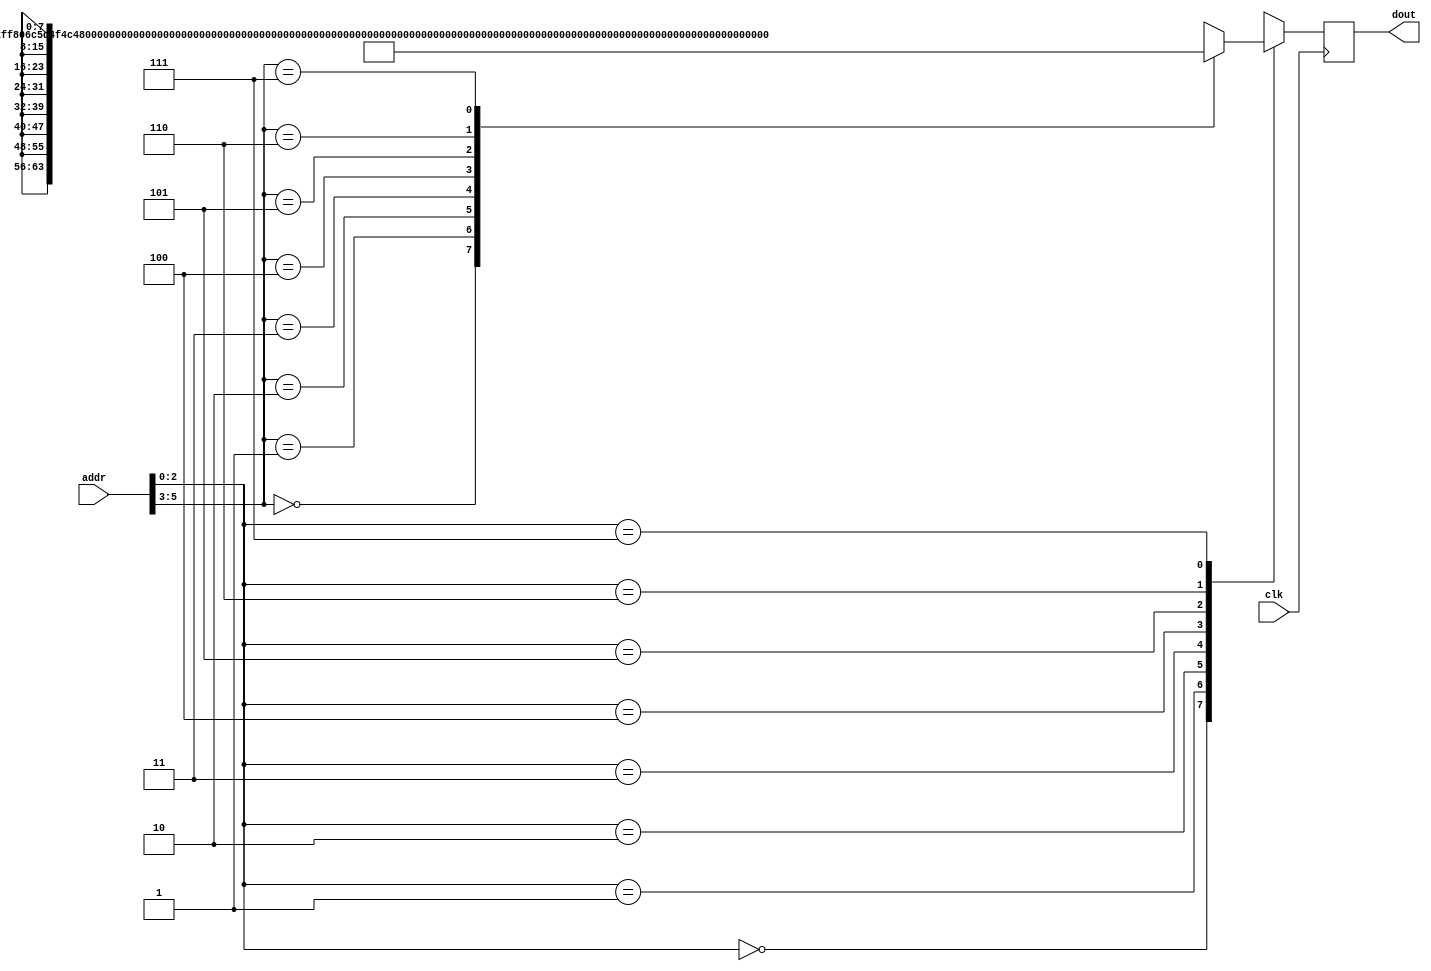
`timescale 1ns / 1ps
/* 8*64 Bit ROM 
   Here, there are 8 memory locations, each memory location has 8 bytes of data
   Now, the required output data is 1byte out of these 64 bytes of data
*/
module single_address_rom( clk, addr, dout );
    input clk;
    input [5:0]addr;
    output reg [7:0]dout;
    
    reg [63:0] MEM[7:0];
    reg [7:0] byte_data[7:0];
    
    wire [7:0] d_next;
    wire [63:0] mem_data;
    
    wire [63:0] loc[7:0];
    
    //Data assigning..
    assign loc[0] = 64'hFF806C5D4F4C473C ; 
    assign loc[1] = 64'h80805D554C473C37 ; 
    assign loc[2] = 64'h6C5D4F4C473C3C36 ; 
    assign loc[3] = 64'h5D5D4F4C473C3733 ; 
    assign loc[4] = 64'h5D4F4C47403B332B ; 
    assign loc[5] = 64'h4F4C47403B332B23 ; 
    assign loc[6] = 64'h4F4C473C362D251E ; 
    assign loc[7] = 64'h4C473B362D251E19 ;
    
    always@(loc[0],loc[1],loc[2],loc[3],loc[4],loc[5],loc[6],loc[7])
    begin
        MEM[0]=loc[0];
        MEM[1]=loc[1];
        MEM[2]=loc[2];
        MEM[3]=loc[3];
        MEM[4]=loc[4];
        MEM[5]=loc[5];
        MEM[6]=loc[6];
        MEM[7]=loc[7];
    end
    
    always@(mem_data)
    begin
        byte_data[0]=mem_data[63:56];
        byte_data[1]=mem_data[55:48];
        byte_data[2]=mem_data[47:40];
        byte_data[3]=mem_data[39:32];
        byte_data[4]=mem_data[31:24];
        byte_data[5]=mem_data[23:16];
        byte_data[6]=mem_data[15:8];
        byte_data[7]=mem_data[7:0];
    end
    
    assign mem_data = MEM[addr[5:3]];
    assign d_next = byte_data[addr[2:0]];
    
    always@(posedge clk)
    begin
        dout = d_next; 
    end
endmodule